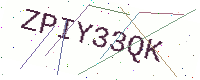
Text: ZPIY33QK